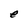
Character: e